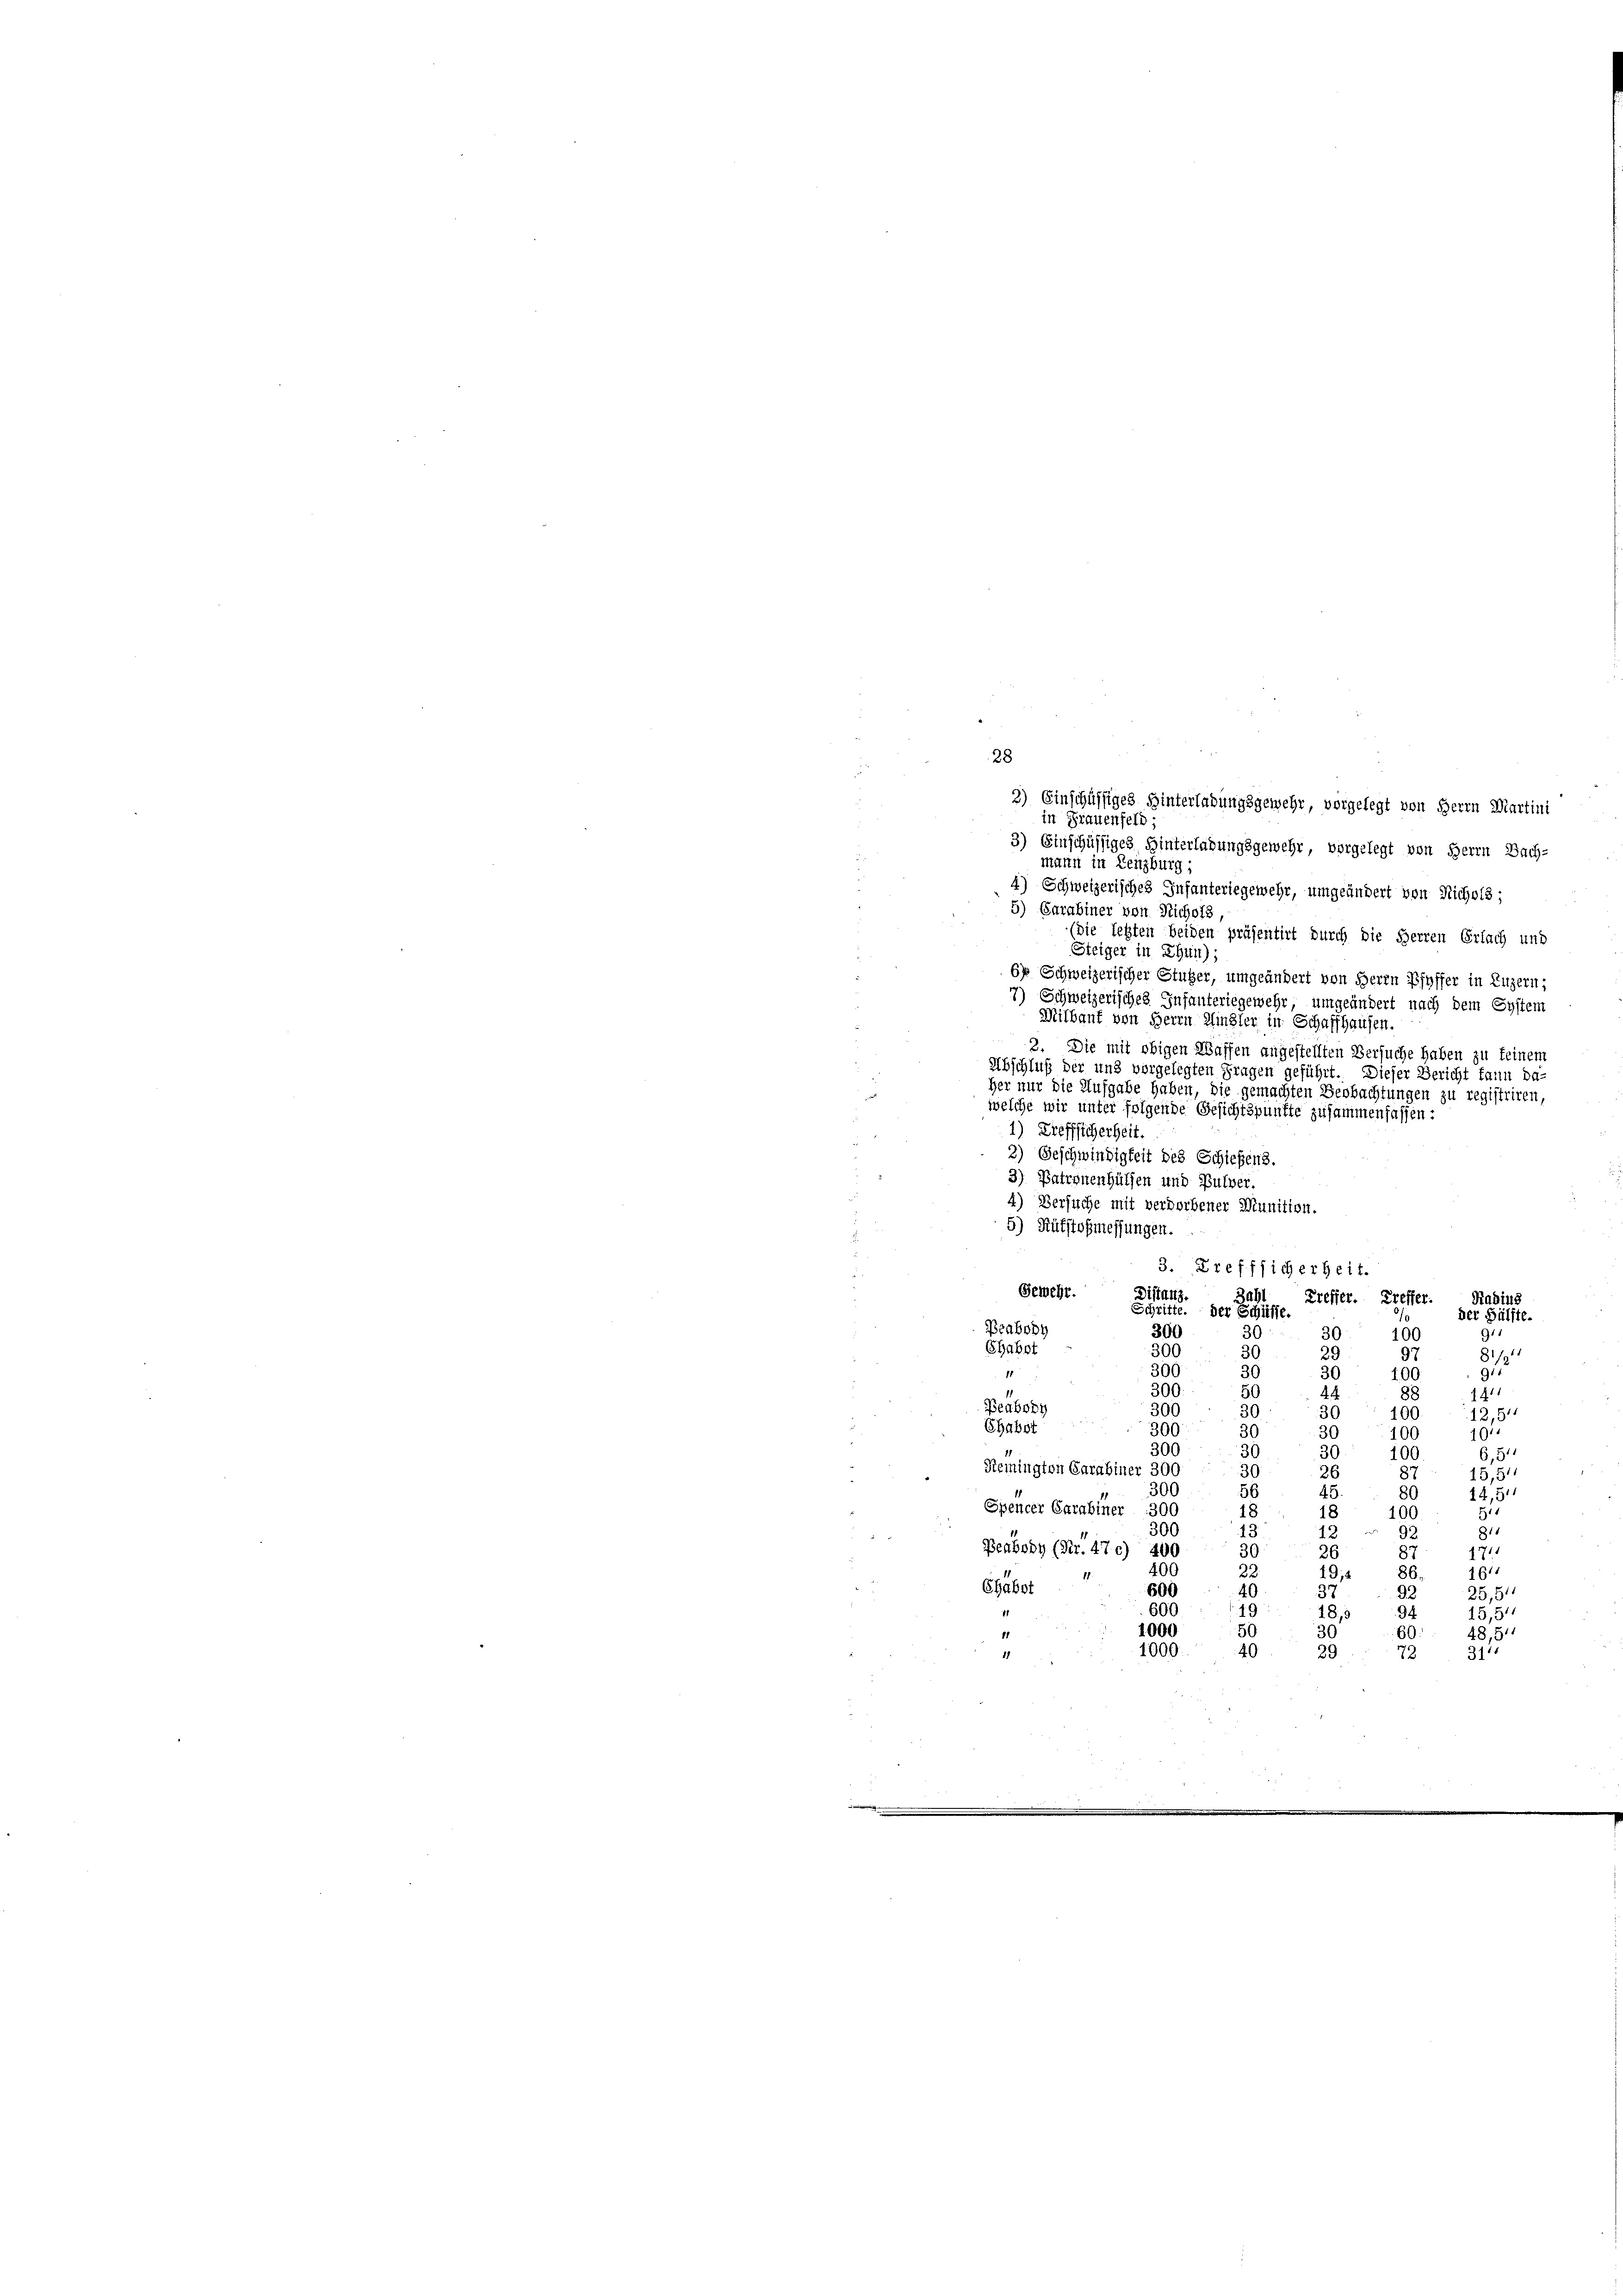
28
3) Einschüssiges Hinterladungsgewehr vorgelegt von Herrn Martini
in Frauenfeld:
3) Einschüssiges Hinterlaßungsgemehr, vorgelegt von Herrn Sach-
mann in Lenzburg
4
Schweizerisches Infanteriegewehr, umgeändert von Richels;
5) Parabiner von Richofs,
(die letzten beiden präsentirt durch die Herren Erlach und
Steiger in Ehrn);
.
6x Schweizerischer Stutzer, umgeändert von Herrn Pfeffer in Luzern;
7) Schweizerisches Infanteriegewehr, umgeändert nach dem System
Milbauf von Herrn Hinsler in Schaffhausen.
2. Die mit obigen Waffen angestellten Versuche haben zu keinem
Abschluß der und vorgelegten Fragen geführt. Dieser Bericht kann da
Her nur die Aufgabe haben, die gemachten Beobachtungen zu registriren,
welche wir unter folgende Gesichtspunkte zusammenfassen:
1) Trefflicherheit.
3) Geschwindigkeit des Schiehens.
3) Patronenhülfen und Butter.
4) Versuche mit verdorbener Munition.
5) Rüfstofmessungen.
3. Grefflicherheit.
Gewehr. Distanz.
Treffer. Treffer. Radius
Gritte. Der Schüsse
der Hälfte.
Beabony
30
300
9.
30
100
Chabst
30
300
97
81/31
29
300
911
30
1
0
100
300
.
88
50
1811
Beabony
300
30
30
100
12,51
Chabit
300
30
10
36
100
300
30
30
6,51
100
Reinington Carabiner 300
30
36
15,5
87
300
56
45.
80
14,51
Spencer Carabiner 300
511
100
300
811
9.
Peabody (Nr. 47 c) 400
26
1711
400
1611
Chabot
600
25,51
600
15,54
1000
48,51
1000
1
311